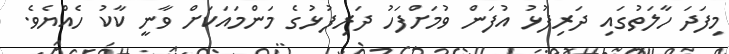
މިފަދަ ހާލަތުގައި ދަރިފުޅު އުފަން ވުމަށްފަހު ދަރިފުޅުގެ މަންމައަކަށް ވާނީ ކާކު ހެއްޔެވެ.